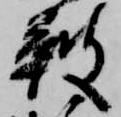
鞁